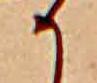
か